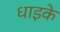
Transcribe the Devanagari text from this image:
धाइके